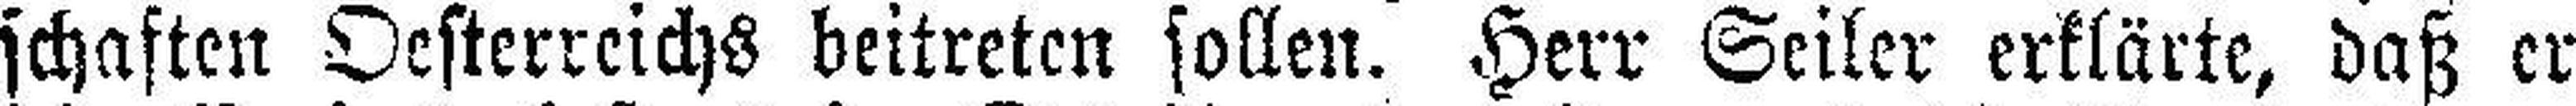
schaften Oesterreichs beitreten sollen. Herr Seiler erklärte, daß er